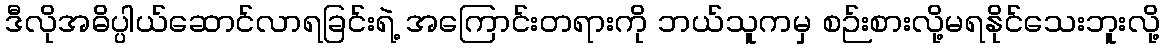
ဒီလိုအဓိပ္ပါယ်ဆောင်လာရခြင်းရဲ့ အကြောင်းတရားကို ဘယ်သူကမှ စဉ်းစားလို့မရနိုင်သေးဘူးလို့